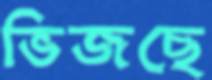
ভিজছে